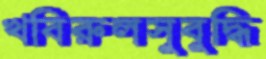
খবিরুলসুবুদ্ধি